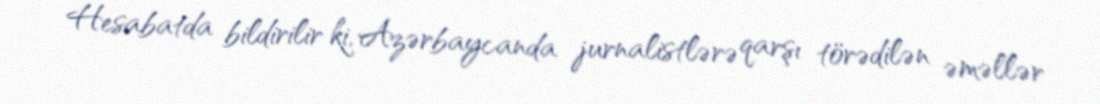
Hesabatda bildirilir ki, Azərbaycanda jurnalistlərə qarşı törədilən əməllər